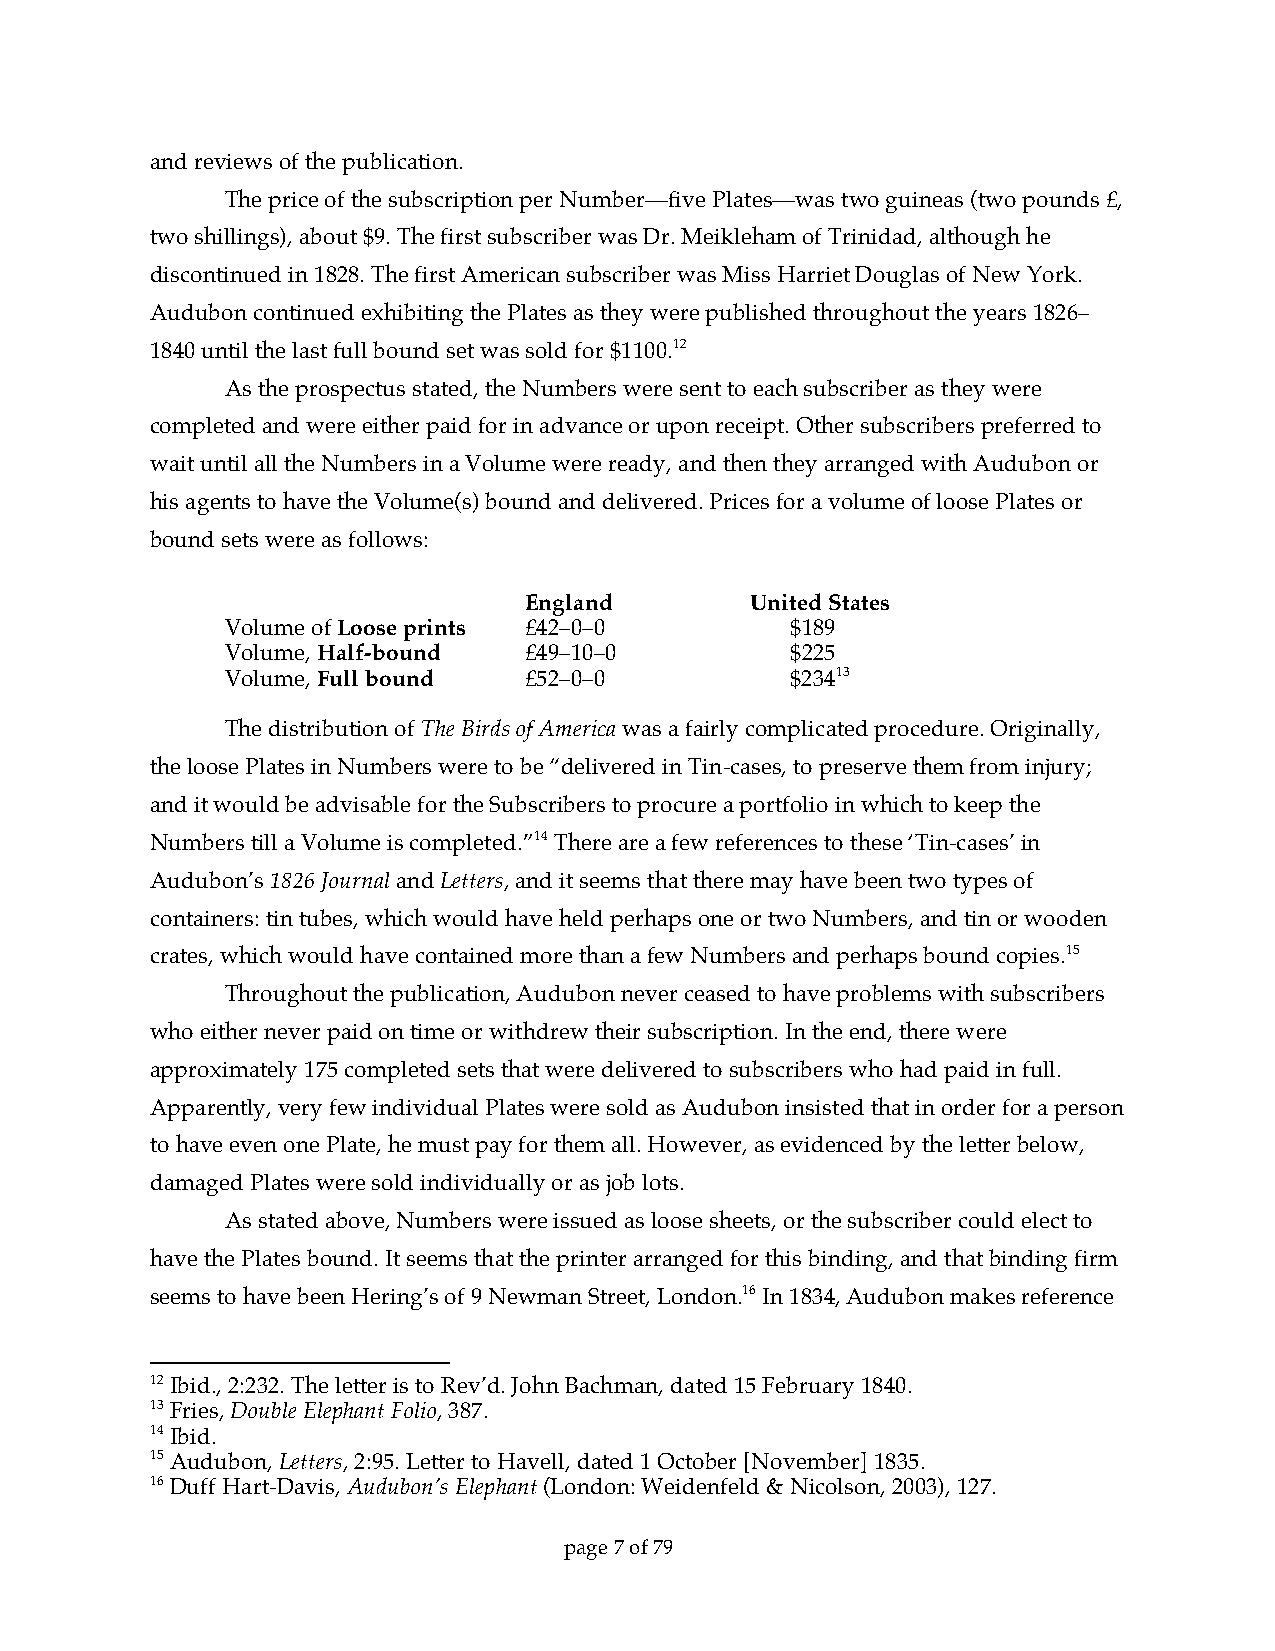
and reviews of the publication.
 The price of the subscription per Number—five Plates—was two guineas (two pounds £,
 two shillings), about $9. The first subscriber was Dr. Meikleham of Trinidad, although he
 discontinued in 1828. The first American subscriber was Miss Harriet Douglas of New York.
 Audubon continued exhibiting the Plates as they were published throughout the years 1826–
 1840 until the last full bound set was sold for $1100.12
 As the prospectus stated, the Numbers were sent to each subscriber as they were
 completed and were either paid for in advance or upon receipt. Other subscribers preferred to
 wait until all the Numbers in a Volume were ready, and then they arranged with Audubon or
 his agents to have the Volume(s) bound and delivered. Prices for a volume of loose Plates or
 bound sets were as follows:
 England        United States
 Volume of Loose prints £42–0–0       $189
 Volume, Half-bound  £49–10–0         $225
 Volume, Full bound  £52–0–0          $23413
 The distribution of The Birds of America was a fairly complicated procedure. Originally,
 the loose Plates in Numbers were to be “delivered in Tin-cases, to preserve them from injury;
 and it would be advisable for the Subscribers to procure a portfolio in which to keep the
 Numbers till a Volume is completed.”14 There are a few references to these ‘Tin-cases’ in
 Audubon’s 1826 Journal and Letters, and it seems that there may have been two types of
 containers: tin tubes, which would have held perhaps one or two Numbers, and tin or wooden
 crates, which would have contained more than a few Numbers and perhaps bound copies.15
 Throughout the publication, Audubon never ceased to have problems with subscribers
 who either never paid on time or withdrew their subscription. In the end, there were
 approximately 175 completed sets that were delivered to subscribers who had paid in full.
 Apparently, very few individual Plates were sold as Audubon insisted that in order for a person
 to have even one Plate, he must pay for them all. However, as evidenced by the letter below,
 damaged Plates were sold individually or as job lots.
 As stated above, Numbers were issued as loose sheets, or the subscriber could elect to
 have the Plates bound. It seems that the printer arranged for this binding, and that binding firm
 seems to have been Hering’s of 9 Newman Street, London.16 In 1834, Audubon makes reference
 12 Ibid., 2:232. The letter is to Rev’d. John Bachman, dated 15 February 1840.
 13 Fries, Double Elephant Folio, 387.
 14 Ibid.
 15 Audubon, Letters, 2:95. Letter to Havell, dated 1 October [November] 1835.
 16 Duff Hart-Davis, Audubon’s Elephant (London: Weidenfeld & Nicolson, 2003), 127.
 page 7 of 79